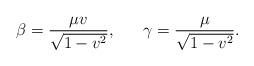
LaTeX: \begin{align*}\beta =\frac{\mu v}{\sqrt{1-v^2}},~~~~~ \gamma =\frac{\mu}{\sqrt{1-v^2}}. \end{align*}